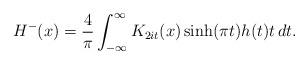
LaTeX: \begin{align*}H^-(x) = \frac{4}{\pi} \int_{-\infty}^\infty K_{2 i t}(x) \sinh(\pi t) h(t) t \, d t.\end{align*}